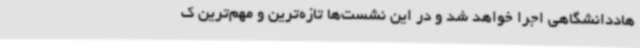
هاددانشگاهی اجرا خواهد شد و در این نشست‌ها تازه‌ترین و مهم‌ترین ک